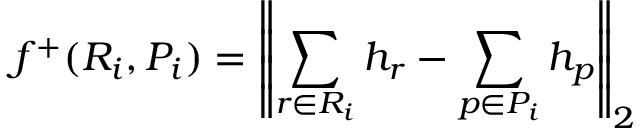
f ^ { + } ( R _ { i } , P _ { i } ) = \left\| \sum _ { r \in R _ { i } } h _ { r } - \sum _ { p \in P _ { i } } h _ { p } \right\| _ { 2 }